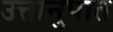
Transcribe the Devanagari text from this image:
उत्तानुपात